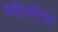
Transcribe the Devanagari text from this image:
पेट्रियोट्स